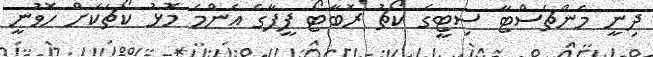
ދިނީ މެންޗެސްޓާ ސިޓީގެ ކޯޗު ރޮބާޓޯ ފީފާގެ އެންމެ މޮޅު ކޯޗަކަށް ހޮވުނީ